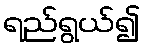
ရည်ရွယ်၍